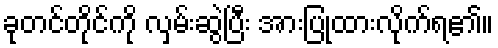
ခုတင်တိုင်ကို လှမ်းဆွဲပြီး အားပြုထားလိုက်ရ၏။